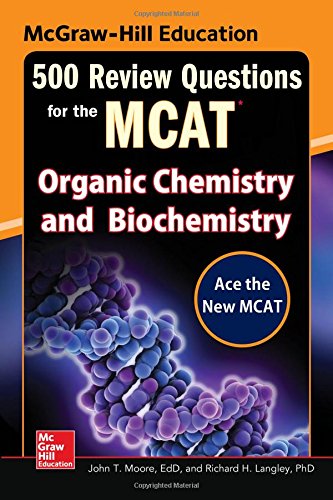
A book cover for McGraw-Hill Education 500 Review Questions for the MCAT: Organic Chemistry and Biochemistry; John T. Moore; Test Preparation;